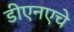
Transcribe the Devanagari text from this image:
डीएनएचे